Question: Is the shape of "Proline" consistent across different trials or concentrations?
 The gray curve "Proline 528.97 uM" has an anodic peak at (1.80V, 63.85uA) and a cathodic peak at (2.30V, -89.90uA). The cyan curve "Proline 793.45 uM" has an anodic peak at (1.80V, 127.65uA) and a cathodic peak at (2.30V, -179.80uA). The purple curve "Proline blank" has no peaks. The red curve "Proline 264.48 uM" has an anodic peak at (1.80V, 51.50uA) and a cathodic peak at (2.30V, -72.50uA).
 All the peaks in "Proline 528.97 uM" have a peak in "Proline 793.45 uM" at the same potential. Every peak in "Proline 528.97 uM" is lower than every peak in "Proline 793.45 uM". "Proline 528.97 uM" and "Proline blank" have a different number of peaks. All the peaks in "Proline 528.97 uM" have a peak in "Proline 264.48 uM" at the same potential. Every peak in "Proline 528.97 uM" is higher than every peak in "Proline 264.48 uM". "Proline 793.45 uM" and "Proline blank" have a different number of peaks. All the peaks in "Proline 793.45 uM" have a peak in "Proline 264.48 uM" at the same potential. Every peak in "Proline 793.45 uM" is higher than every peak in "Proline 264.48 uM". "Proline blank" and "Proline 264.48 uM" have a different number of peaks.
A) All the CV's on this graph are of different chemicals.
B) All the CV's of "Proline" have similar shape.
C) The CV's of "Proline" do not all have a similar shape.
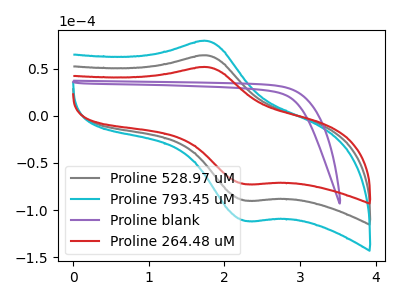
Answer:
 <answer>B) All the CV's of "Proline" have similar shape.</answer>
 <eval>B</eval>